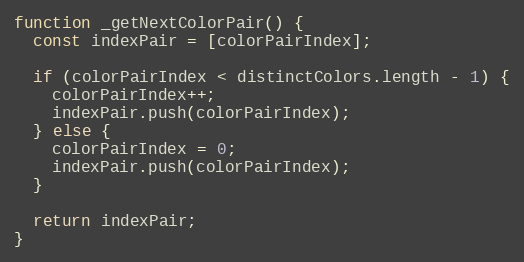
Language: JavaScript
function _getNextColorPair() {
  const indexPair = [colorPairIndex];

  if (colorPairIndex < distinctColors.length - 1) {
    colorPairIndex++;
    indexPair.push(colorPairIndex);
  } else {
    colorPairIndex = 0;
    indexPair.push(colorPairIndex);
  }

  return indexPair;
}